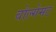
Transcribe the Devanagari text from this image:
वोल्गेमट